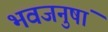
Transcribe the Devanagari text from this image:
भवजनुषां